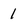
Character: 1